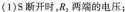
(1)S断开时，R_{2}两端的电压；